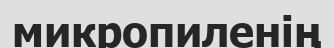
микропиленің